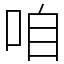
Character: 咱